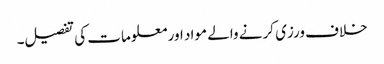
خلاف ورزی کرنے والے مواد اور معلومات کی تفصیل۔